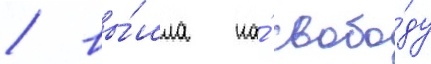
/ вы́шла на́ свобо́ду